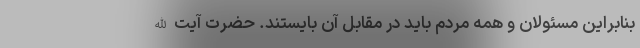
بنابراین مسئولان و همه مردم باید در مقابل آن بایستند. حضرت آیت‌الله